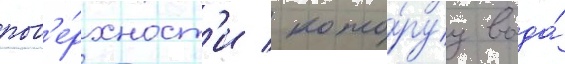
пов'е́рхност'и / кото́руу вода́